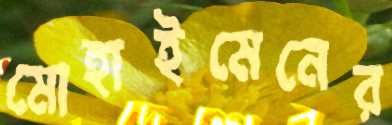
মোহাইমেনের